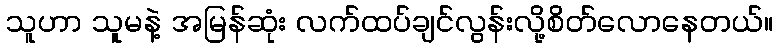
သူဟာ သူမနဲ့ အမြန်ဆုံး လက်ထပ်ချင်လွန်းလို့စိတ်လောနေတယ်။